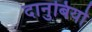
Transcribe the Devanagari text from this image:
दानुबियो